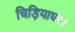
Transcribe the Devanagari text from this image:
चिड़ियाघर।